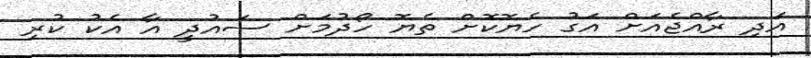
އަދި ރާއްޖެއަށް އަގު ހެޔޮކޮށް ތެޔޮ ހޯދުމަށް ސައުދީ އާ އެކު ކުރި